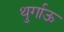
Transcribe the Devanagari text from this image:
थुर्गाऊ